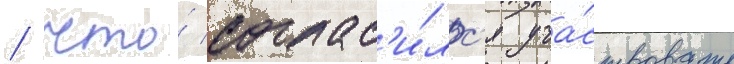
/ что́ соглас'и́лс'я уча́ствовать